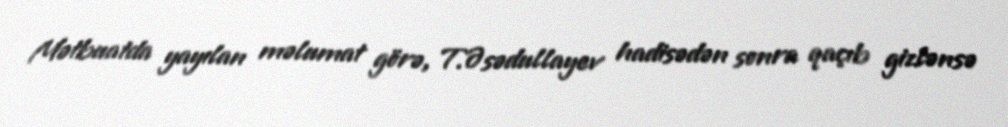
Mətbuatda yayılan məlumat görə, T.Əsədullayev hadisədən sonra qaçıb gizlənsə